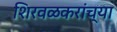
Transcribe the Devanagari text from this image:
शिरवळकरांच्या